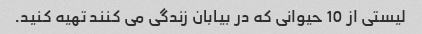
لیستی از 10 حیوانی که در بیابان زندگی می کنند تهیه کنید.